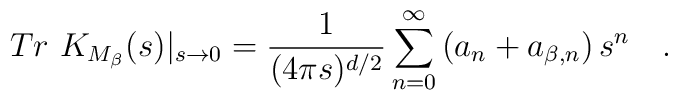
Tr~K_{M_{\beta}}(s)|_{s\rightarrow 0}={1 \over (4\pi s)^{d/2}} \sum_{n=0}^{\infty}\left(a_n + a_{\beta,n} \right)s^n~~~.